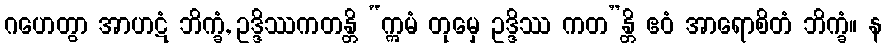
ဂဟေတွာ အာဟဋံ ဘိက္ခံ, ဥဒ္ဒိဿကတန္တိ “ဣမံ တုမှေ ဥဒ္ဒိဿ ကတ”န္တိ ဧဝံ အာရောစိတံ ဘိက္ခံ။ န